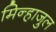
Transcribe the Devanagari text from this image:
मिन्हाजुल